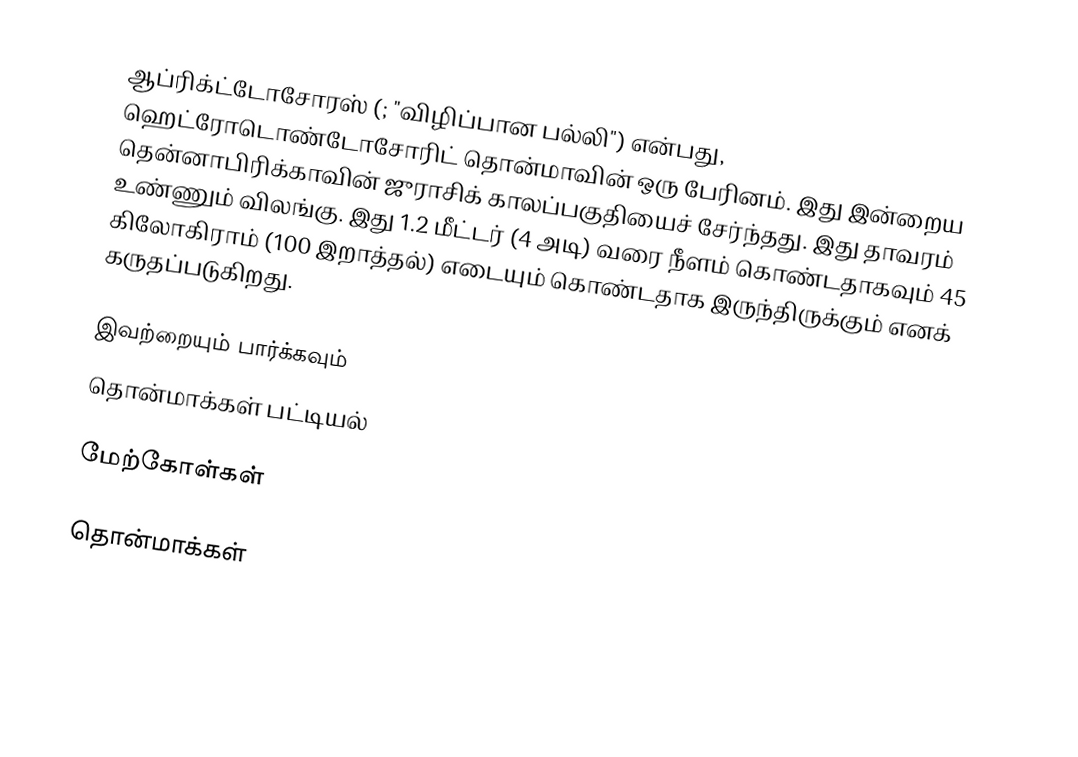
ஆப்ரிக்ட்டோசோரஸ் (; "விழிப்பான பல்லி") என்பது, ஹெட்ரோடொண்டோசோரிட் தொன்மாவின் ஒரு பேரினம். இது இன்றைய தென்னாபிரிக்காவின் ஜுராசிக் காலப்பகுதியைச் சேர்ந்தது. இது தாவரம் உண்ணும் விலங்கு. இது 1.2 மீட்டர் (4 அடி) வரை நீளம் கொண்டதாகவும் 45 கிலோகிராம் (100 இறாத்தல்) எடையும் கொண்டதாக இருந்திருக்கும் எனக் கருதப்படுகிறது.

இவற்றையும் பார்க்கவும்
 தொன்மாக்கள் பட்டியல்

மேற்கோள்கள்

தொன்மாக்கள்